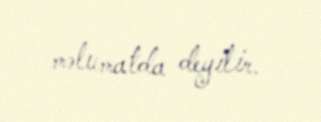
məlumatda deyilir.